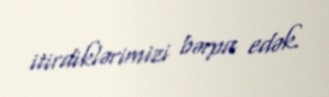
itirdiklərimizi bərpa edək.